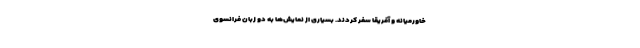
خاورمیانه و آفریقا سفر کردند. بسیاری از نمایش‌ها به دو زبان فرانسوی